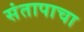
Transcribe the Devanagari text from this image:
संतापाचा